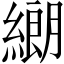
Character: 𦄺